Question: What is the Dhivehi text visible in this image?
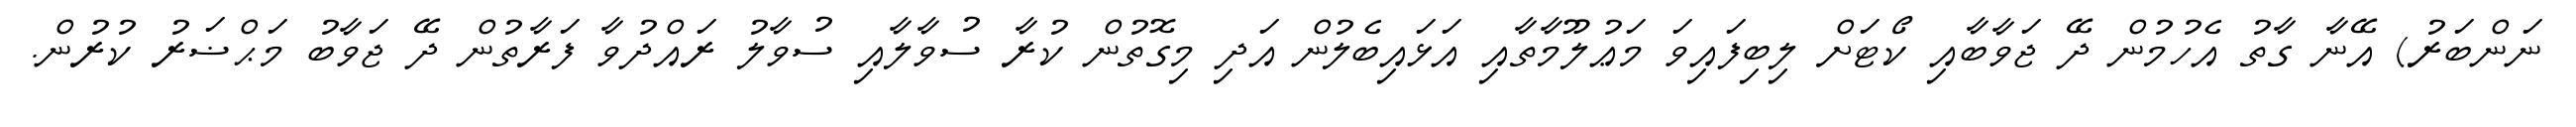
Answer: ނަންބަރު) އޭނާ ގާތު އެހުމުން ދޭ ޖަވާބާއި ކޯޓަށް ލިބިފައިވަ މަޢުލޫމާތާއި އަޅައިބެލުން އަދި މިގޮތުން ކުރާ ސުވާލާއި ސުވާލު ރައްދުވާ ފަރާތުން ދޭ ޖަވާބު މަޙްޟަރު ކުރުން.